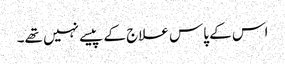
اس کے پاس علاج کے پیسے نہیں تھے۔